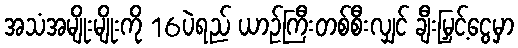
အသံအမျိုးမျိုးကို 16ပဲရည် ယာဉ်ကြီးတစ်စီးလျှင် ချီးမြှင့်ငွေမှာ